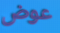
عوض